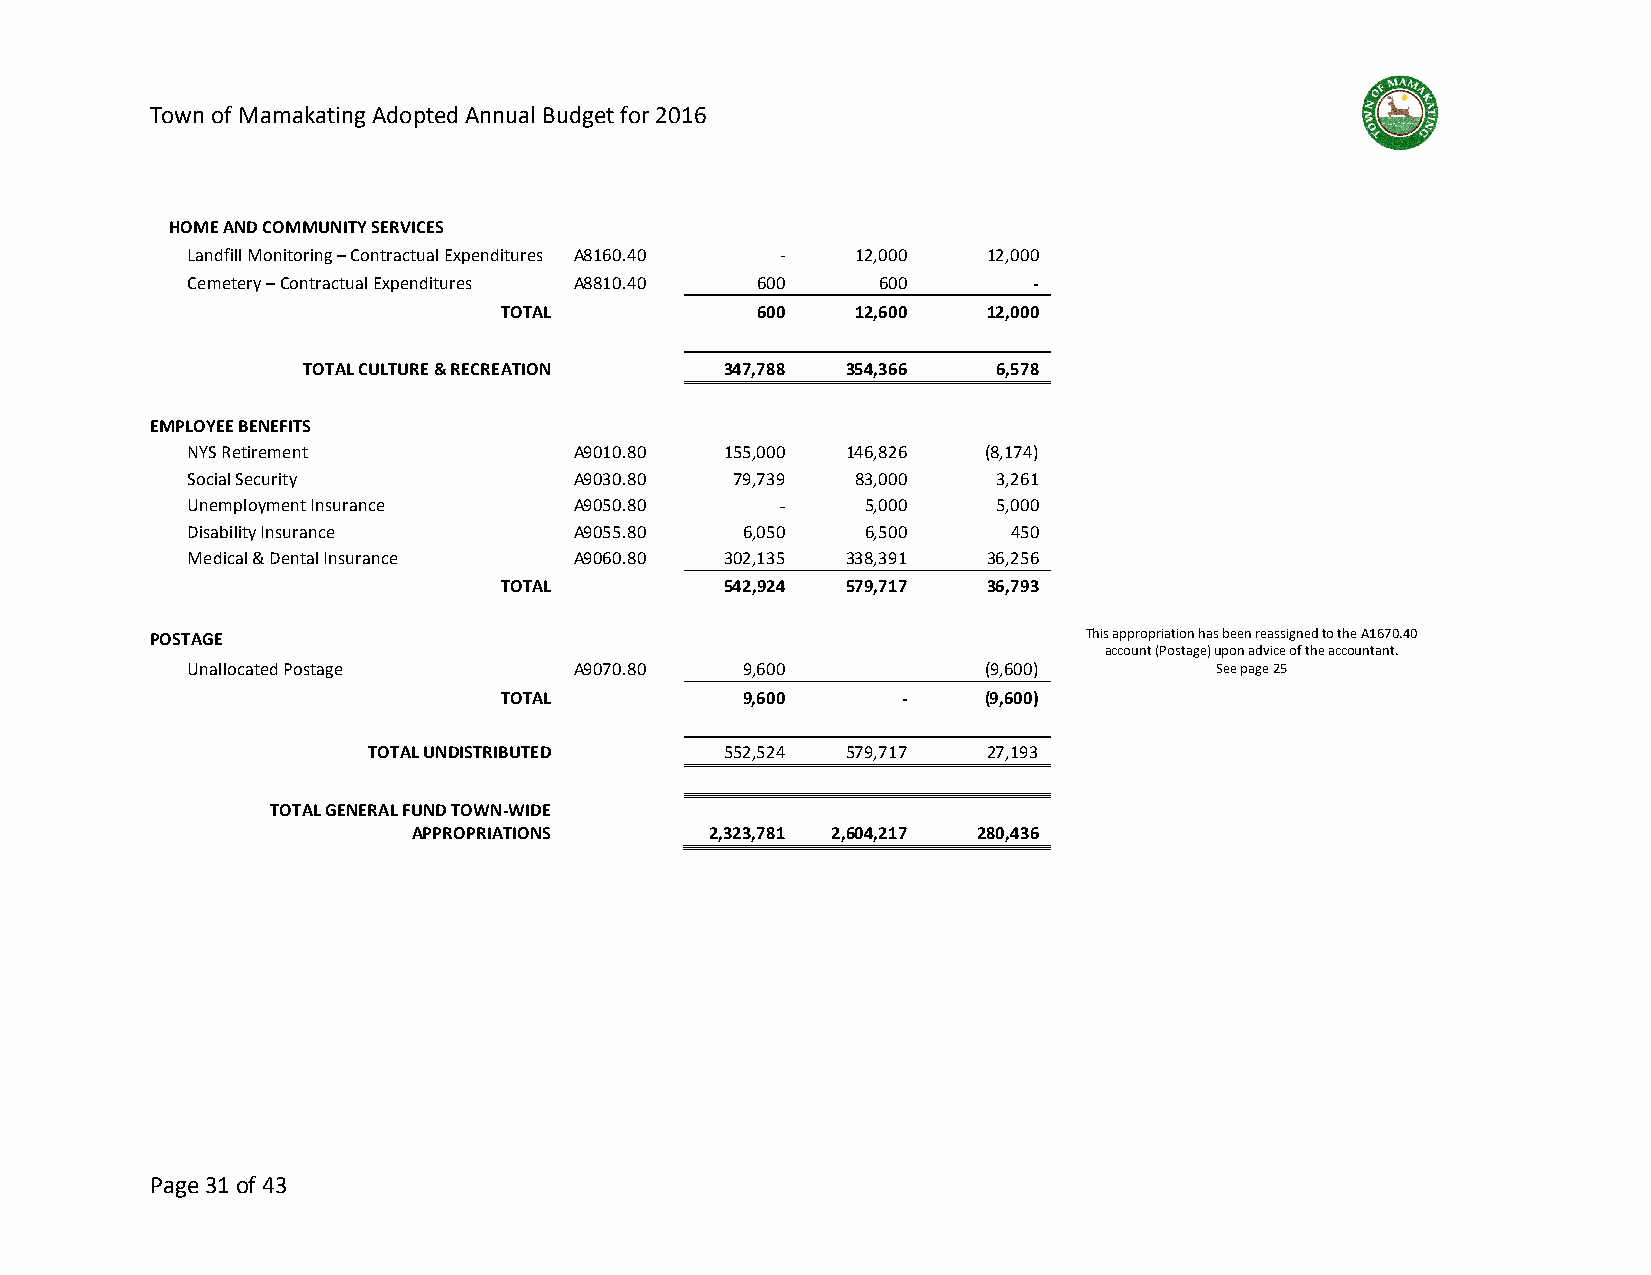
Town of Mamakating Adopted Annual Budget for 2016
 HOME AND COMMUNITY SERVICES
 Landfill Monitoring – Contractual Expenditures A8160.40 - 12,000 12,000
 Cemetery – Contractual Expenditures A8810.40 600 600    -
 TOTAL            600    12,600  12,000
 TOTAL CULTURE & RECREATION  347,788 354,366   6,578
 EMPLOYEE BENEFITS
 NYS Retirement            A9010.80  155,000 146,826  (8,174)
 Social Security           A9030.80   79,739  83,000   3,261
 Unemployment Insurance    A9050.80      -    5,000    5,000
 Disability Insurance      A9055.80   6,050   6,500     450
 Medical & Dental Insurance A9060.80 302,135 338,391  36,256
 TOTAL          542,924 579,717  36,793
 POSTAGE                                                       This appropriation has been reassigned to the A1670.40
 account (Postage) upon advice of the accountant.
 Unallocated Postage       A9070.80   9,600           (9,600)        See page 25
 TOTAL           9,600      -    (9,600)
 TOTAL UNDISTRIBUTED     552,524 579,717  27,193
 TOTAL GENERAL FUND TOWN-WIDE
 APPROPRIATIONS      2,323,781 2,604,217 280,436
 Page 31 of 43